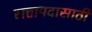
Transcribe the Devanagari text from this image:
सत्तापदासाठी